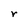
Character: r